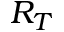
R _ { T }